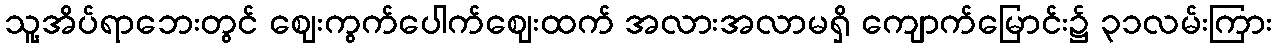
သူ့အိပ်ရာဘေးတွင် ဈေးကွက်ပေါက်ဈေးထက် အလားအလာမရှိ ကျောက်မြောင်း၌ ၃၁လမ်းကြား